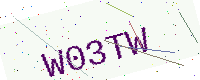
Text: W03TW